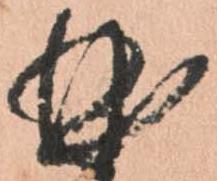
曲